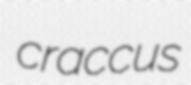
craccus